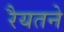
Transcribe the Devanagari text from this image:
रैयतने